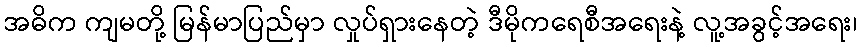
အဓိက ကျမတို့ မြန်မာပြည်မှာ လှုပ်ရှားနေတဲ့ ဒီမိုကရေစီအရေးနဲ့ လူ့အခွင့်အရေး၊